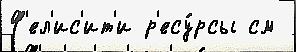
Ф'ел'ис'ит'и р'есу́рсы см